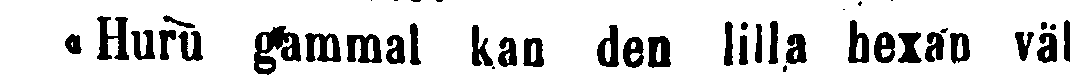
« Huru gammal kan den lilla hexan väl